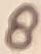
Text: 8